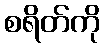
စရိတ်ကို